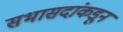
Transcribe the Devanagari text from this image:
सभासदांकडून